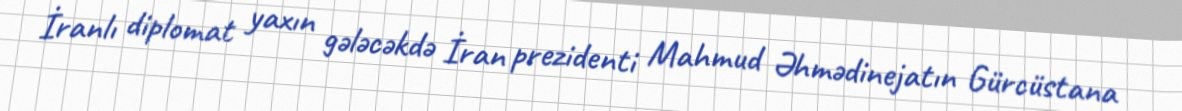
İranlı diplomat yaxın gələcəkdə İran prezidenti Mahmud Əhmədinejatın Gürcüstana